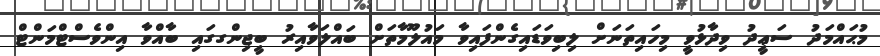
މުޙައްމަދު ސަޢީދު ވިދާޅުވީ މިހައިތަނަށް ލިބިވަޑައިގެންފައިވާ މައުލޫމާތަށް ބައްލަވާއިރު ބީޖިންގގައި ބާއްވާ އިންވެސްޓްމަންޓް